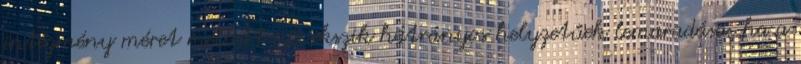
intézmény méret mellett növekszik hátrányos helyzetűek lemaradása, ha a